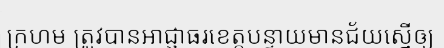
ក្រហម ត្រូវបានអាជ្ញាធរខេត្តបន្ទាយមានជ័យស្នើឲ្យ